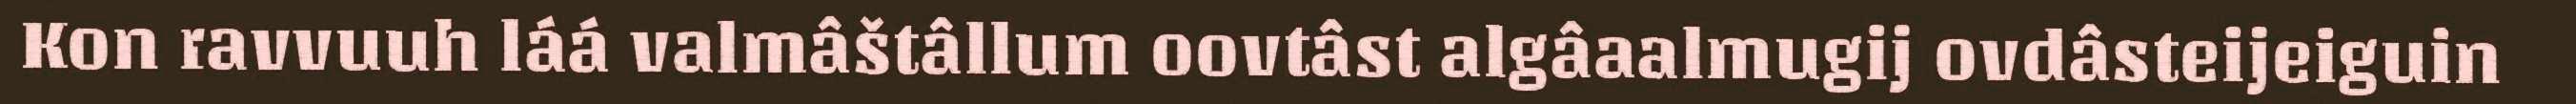
Kon ravvuuh láá valmâštâllum oovtâst algâaalmugij ovdâsteijeiguin